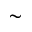
\sim